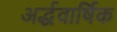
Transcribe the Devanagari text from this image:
अर्द्धवार्षिक